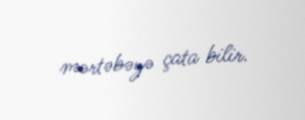
mərtəbəyə çata bilir.